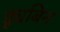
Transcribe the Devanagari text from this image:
ड्यूबिन